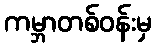
ကမ္ဘာတစ်ဝန်းမှ